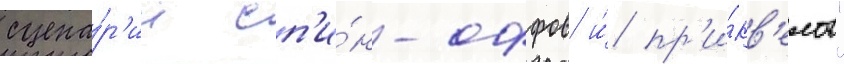
сцена́р'ии сп'и́н-оффов и́ пр'и́кв'елов"